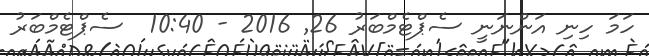
ހަމަ ހިނި އަންނަނީ ސެޕްޓެމްބަރު 26